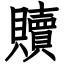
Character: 贖